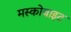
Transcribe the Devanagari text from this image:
मस्कोबाइट